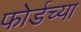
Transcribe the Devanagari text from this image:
फोर्डच्या